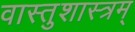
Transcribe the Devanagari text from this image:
वास्तुशास्त्रम्‌